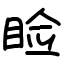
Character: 睑